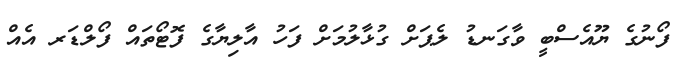
ފޯނުގެ ޔޫއެސްބީ ވާގަނޑު ލެޕަށް ގުޅާލުމަށް ފަހު އާލިޔާގެ ފޮޓޯތައް ފޯލްޑަރ އެއް